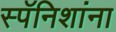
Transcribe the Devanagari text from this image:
स्पॅनिशांना